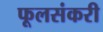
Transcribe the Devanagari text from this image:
फूलसंकरी